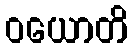
ဝယောတိ